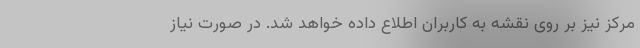
مرکز نیز بر روی نقشه به کاربران اطلاع داده خواهد شد. در صورت نیاز